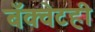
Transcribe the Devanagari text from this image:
बँक्वेटही